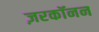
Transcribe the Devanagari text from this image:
ज़रकॉनन